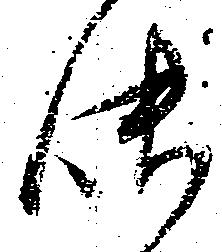
味